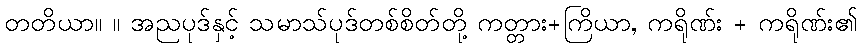
တတိယာ။ ။ အညပုဒ်နှင့် သမာသ်ပုဒ်တစ်စိတ်တို့ ကတ္တား+ကြိယာ, ကရိုဏ်း + ကရိုဏ်း၏